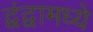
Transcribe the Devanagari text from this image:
द्वंद्वामध्ये